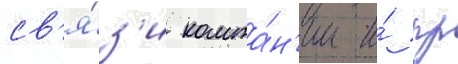
св'я́з'и компа́н'ии и́ пр